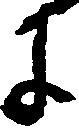
に